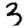
Digit: 3